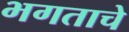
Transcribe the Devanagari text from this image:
भगताचे